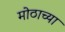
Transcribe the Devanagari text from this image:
मोठाच्या